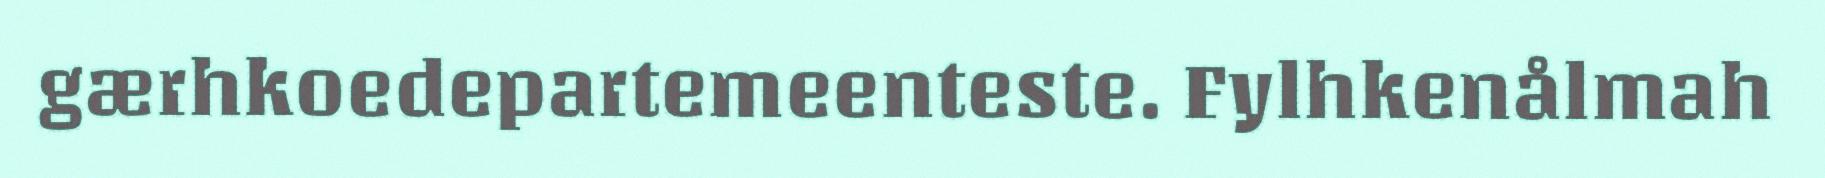
gærhkoedepartemeenteste. Fylhkenålmah